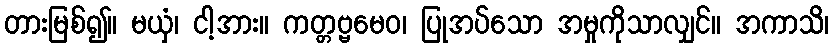
တားမြစ်၍။ မယှံ၊ ငါ့အား။ ကတ္တဗ္ဗမေဝ၊ ပြုအပ်သော အမှုကိုသာလျှင်။ အကာသိ၊